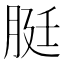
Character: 脡